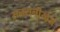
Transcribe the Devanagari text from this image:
सनसनी़खे़ज